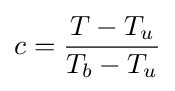
c={\frac {T-T_{u}}{T_{b}-T_{u}}}